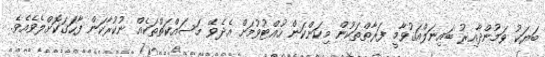
ބަޔަކު ވަމުންދާއިރު ބައިނަލްއަޤުވާމީ ފަރާތްތަކުން މިކަންކަން ހުއްޓުވުމަށް އެދެވޭ މަސައްކަތްތަކެއް ނުކުރާކަން ފާހަގަކޮށްލެވެއެވެ.